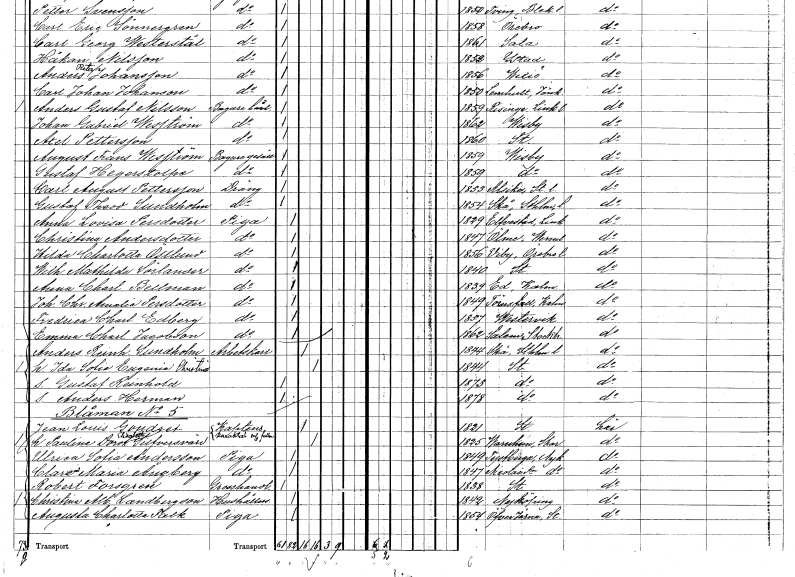
gt_parse: households: individuals: FN: Gustaf Theodor
EN: Sundholm
YRKE: Dräng
KON: M
CIV: O
FODAR: 1854
FODFORS: Skå Stockholms län
FN: Anna Lovisa
EN: Persdotter
YRKE: Piga
KON: K
CIV: O
FODAR: 1829
FODFORS: Älvestad Östergötlands län
FN: Christina
EN: Andersdotter
YRKE: Piga
KON: K
CIV: O
FODAR: 1847
FODFORS: Ölme Värmlands län
FN: Hilda Charlotta
EN: Östlund
YRKE: Piga
KON: K
CIV: O
FODAR: 1856
FODFORS: Viby Örebro län
FN: Wilhelmina Mathilda
EN: Sörlander
YRKE: Piga
KON: K
CIV: O
FODAR: 1840
FODFORS: Stockholm
FN: Anna Charlotta
EN: Bellman
YRKE: Piga
KON: K
CIV: O
FODAR: 1839
FODFORS: Ed Kalmar län
FN: Johanna Christina
EN: Persdotter
YRKE: Piga
KON: K
CIV: O
FODAR: 1849
FODFORS: Törnesfalla Kalmar län
FN: Fredrica Charlotta
EN: Edberg
YRKE: Piga
KON: K
CIV: O
FODAR: 1857
FODFORS: Västervik Kalmar län
FN: Emma Charlotta
EN: Jacobson
YRKE: Piga
KON: K
CIV: O
FODAR: 1862
FODFORS: Salem Stockholms län
FN: Anders Reinhold
EN: Sundholm
YRKE: Arbetskarl
KON: M
CIV: G
FODAR: 1844
FODFORS: Skå Stockholms län
FN: Ida Sofia Eugenia Christina
KON: K
CIV: G
FODAR: 1844
FODFORS: Stockholm
FN: Gustaf Reinhold
KON: M
CIV: O
FODAR: 1873
FODFORS: Stockholm
FN: Anders Herman
KON: M
CIV: O
FODAR: 1878
FODFORS: Stockholm
FN: Jean Louis
EN: Goudret
YRKE: Kapten
KON: M
CIV: G
FODAR: 1821
FODFORS: Stockholm
FN: Paulina Dorotea Elisabeth
EN: Silfversvärd
KON: K
CIV: G
FODAR: 1825
FODFORS: Varnhem Skaraborgs län
FN: Ulrica Sofia
EN: Andersson
YRKE: Piga
KON: K
CIV: O
FODAR: 1849
FODFORS: Tystberga Södermanlands län
FN: Clara Maria
EN: Ångberg
YRKE: Piga
KON: K
CIV: O
FODAR: 1847
FODFORS: Nikolai Södermanlands län
FN: Robert
EN: Forsgren
YRKE: Grosshandlare
KON: M
CIV: O
FODAR: 1838
FODFORS: Stockholm
FN: Christina Albertina
EN: Landbergson
YRKE: Hushållerska
KON: K
CIV: O
FODAR: 1842
FODFORS: Nyköping Södermanlands län
FN: Augusta Charlotta
EN: Falk
YRKE: Piga
KON: K
CIV: O
FODAR: 1854
FODFORS: Överjärna Stockholms län